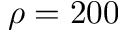
\rho = 2 0 0